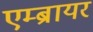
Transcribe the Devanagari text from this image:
एम्ब्रायर